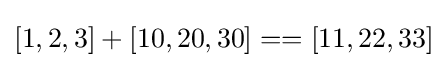
[1,2,3]+[10,20,30]==[11,22,33]